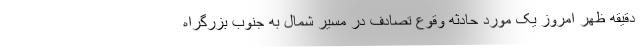
دقیقه ظهر امروز یک مورد حادثه وقوع تصادف در مسیر شمال به جنوب بزرگراه